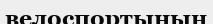
велоспортының